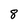
Character: 8